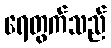
ရေတွက်သည်